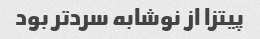
پیتزا از نوشابه سرد‌تر بود